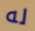
له